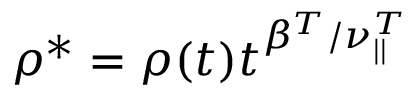
\rho ^ { * } = \rho ( t ) t ^ { \beta ^ { T } / \nu _ { | | } ^ { T } }